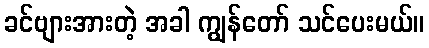
ခင်ဗျားအားတဲ့ အခါ ကျွန်တော် သင်ပေးမယ်။